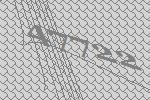
47722